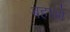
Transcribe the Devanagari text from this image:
बहाओ